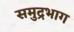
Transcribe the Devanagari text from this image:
समुद्रभाग